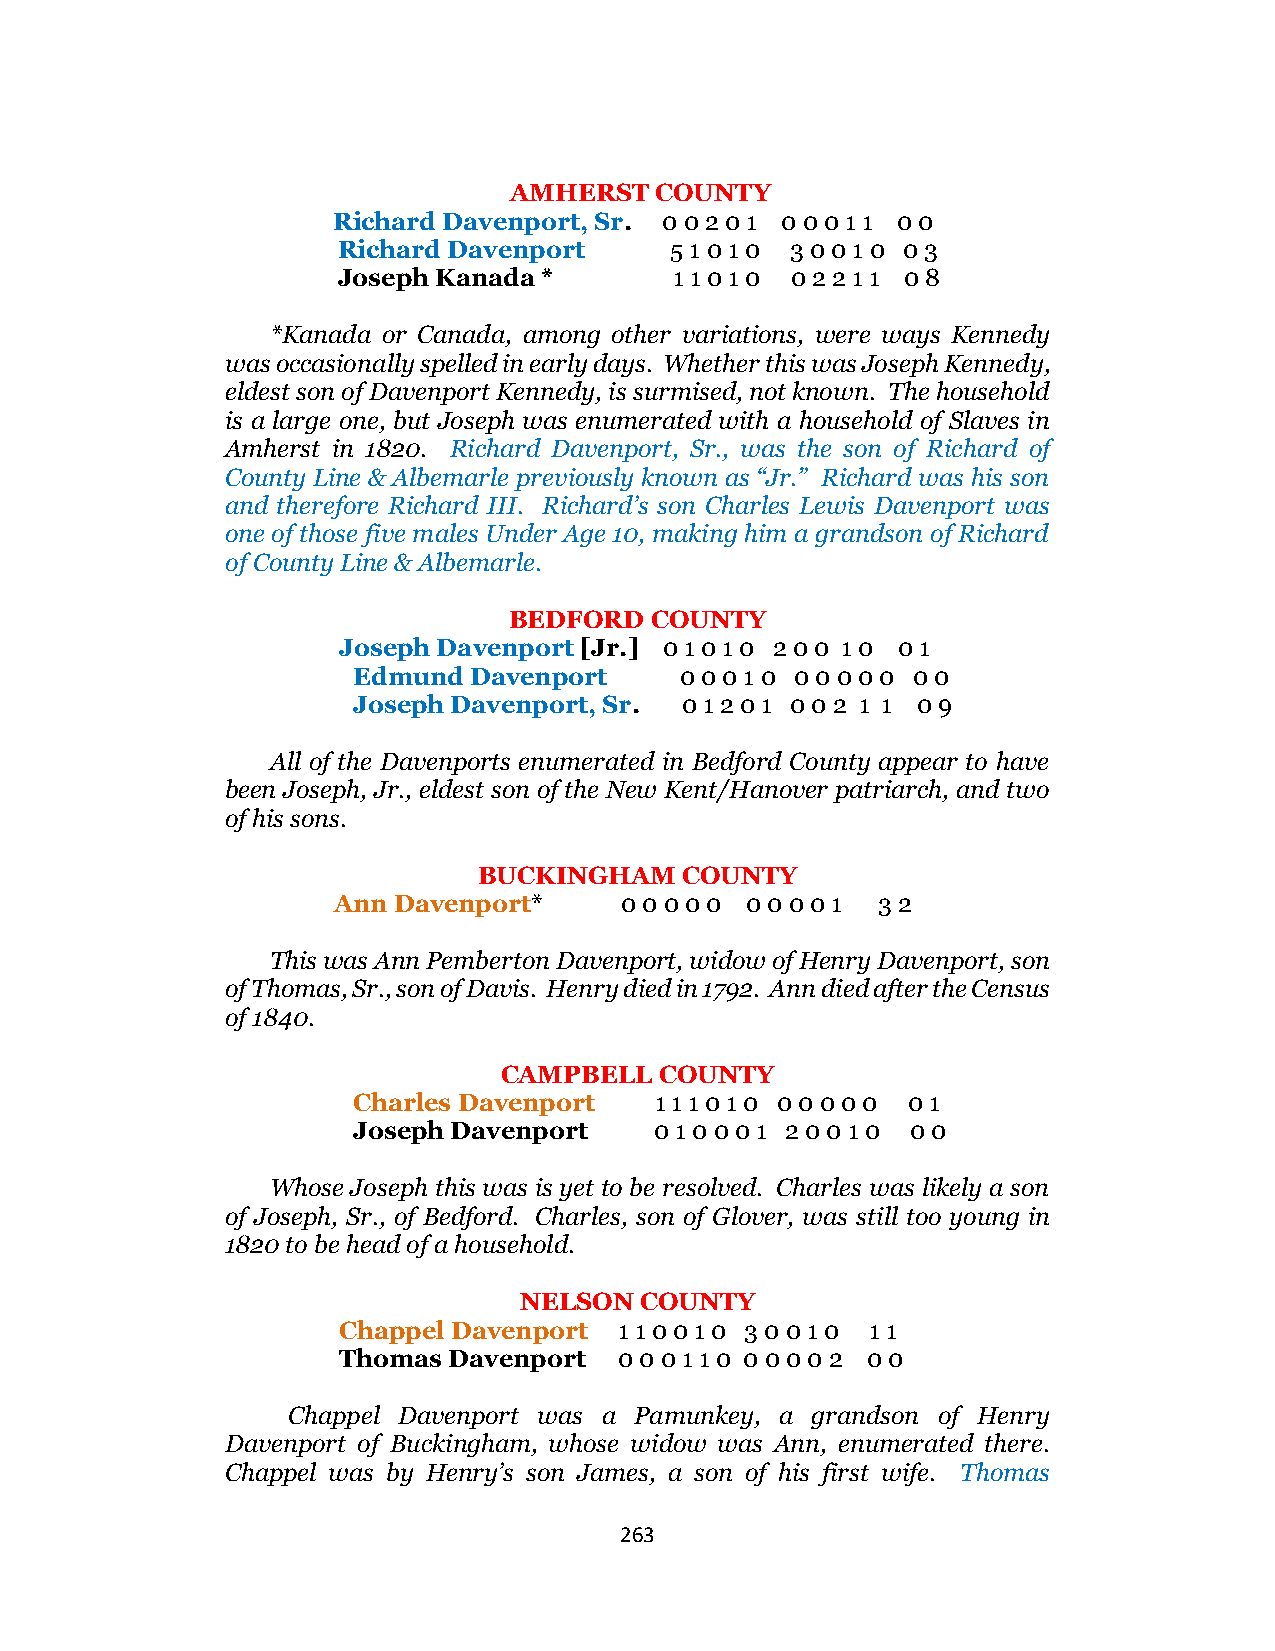
AMHERST  COUNTY
 Richard Davenport, Sr. 0 0 2 0 1 0 0 0 1 1 0 0
 Richard Davenport     5 1 0 1 0 3 0 0 1 0 0 3
 Joseph Kanada *        1 1 0 1 0 0 2 2 1 1 0 8
 *Kanada or Canada, among other variations, were ways Kennedy
 was occasionally spelled in early days. Whether this was Joseph Kennedy,
 eldest son of Davenport Kennedy, is surmised, not known. The household
 is a large one, but Joseph was enumerated with a household of Slaves in
 Amherst in 1820. Richard Davenport, Sr., was the son of Richard of
 County Line & Albemarle previously known as “Jr.” Richard was his son
 and therefore Richard III. Richard’s son Charles Lewis Davenport was
 one of those five males Under Age 10, making him a grandson of Richard
 of County Line & Albemarle.
 BEDFORD  COUNTY
 Joseph Davenport [Jr.] 0 1 0 1 0 2 0 0 1 0 0 1
 Edmund  Davenport     0 0 0 1 0 0 0 0 0 0 0 0
 Joseph Davenport, Sr. 0 1 2 0 1 0 0 2 1 1 0 9
 All of the Davenports enumerated in Bedford County appear to have
 been Joseph, Jr., eldest son of the New Kent/Hanover patriarch, and two
 of his sons.
 BUCKINGHAM   COUNTY
 Ann Davenport*     0 0 0 0 0 0 0 0 0 1 3 2
 This was Ann Pemberton Davenport, widow of Henry Davenport, son
 of Thomas, Sr., son of Davis. Henry died in 1792. Ann died after the Census
 of 1840.
 CAMPBELL   COUNTY
 Charles Davenport   1 1 1 0 1 0 0 0 0 0 0 0 1
 Joseph Davenport    0 1 0 0 0 1 2 0 0 1 0 0 0
 Whose Joseph this was is yet to be resolved. Charles was likely a son
 of Joseph, Sr., of Bedford. Charles, son of Glover, was still too young in
 1820 to be head of a household.
 NELSON  COUNTY
 Chappel Davenport  1 1 0 0 1 0 3 0 0 1 0 1 1
 Thomas  Davenport  0 0 0 1 1 0 0 0 0 0 2 0 0
 Chappel Davenport was a Pamunkey, a grandson of Henry
 Davenport of Buckingham, whose widow was Ann, enumerated there.
 Chappel was by Henry’s son James, a son of his first wife. Thomas
 263